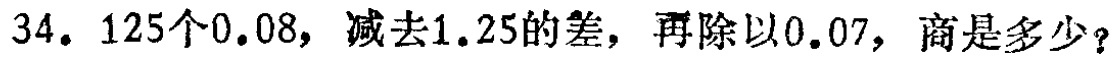
34. \(125\)个\(0.08\)，减去\(1.25\)的差，再除以\(0.07\)，商是多少？